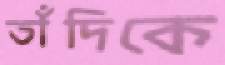
তাঁদিকে